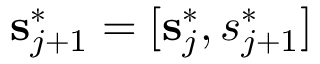
\mathbf { s } _ { j + 1 } ^ { * } = [ \mathbf { s } _ { j } ^ { * } , s _ { j + 1 } ^ { * } ]